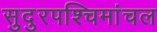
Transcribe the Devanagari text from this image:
सुदुरपश्चिमांचल